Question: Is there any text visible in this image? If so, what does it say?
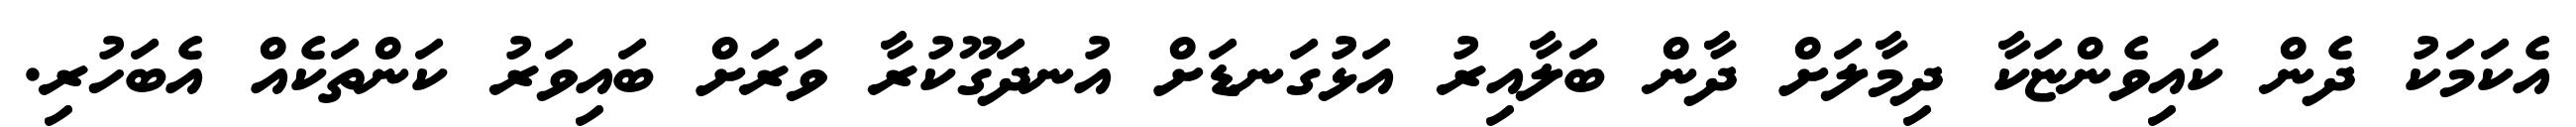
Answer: އެކަމަކު ދެން ކައިވެންޏަކާ ދިމާލަށް ދާން ބަލާއިރު އަޅުގަނޑަށް އުނދަގޫކުރާ ވަރަށް ބައިވަރު ކަންތަކެއް އެބަހުރި.